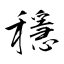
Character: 穩